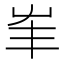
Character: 𡴇